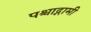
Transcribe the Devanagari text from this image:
पश्चाद्गामी